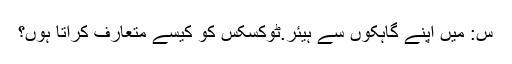
س: میں اپنے گاہکوں سے ہیئر.ٹوکسکس کو کیسے متعارف کراتا ہوں؟